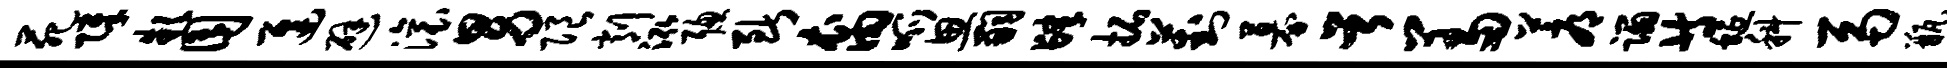
苑障款囿迟避滚男限削泓聪断裔呱思嗣肆拓葑募首羞蓐蹋等蜒科鬲瓶